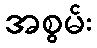
အစွမ်း